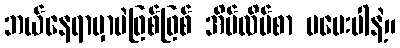
ဘယ်နေရာမှာပဲဖြစ်ဖြစ် အိမ်လိပ်စာ မပေးပါနဲ့။